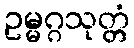
ဥမ္မဂ္ဂသုတ္တံ